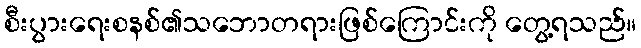
စီးပွားရေးစနစ်၏သဘောတရားဖြစ်ကြောင်းကို တွေ့ရသည်။